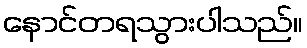
နောင်တရသွားပါသည်။